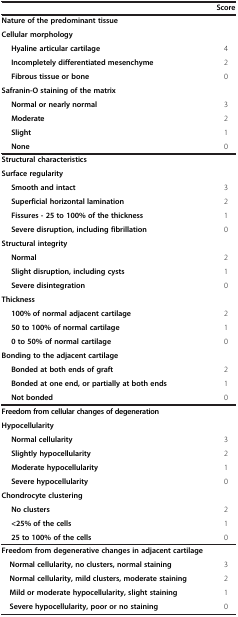
<table><thead><tr><td><b> </b></td><td><b>Score</b></td></tr></thead><tbody><tr><td><b>Nature of the predominant tissue</b></td><td> </td></tr><tr><td><b>Cellular morphology</b></td><td> </td></tr><tr><td><b>Hyaline articular cartilage</b></td><td>4</td></tr><tr><td><b>Incompletely differentiated mesenchyme</b></td><td>2</td></tr><tr><td><b>Fibrous tissue or bone</b></td><td>0</td></tr><tr><td><b>Safranin-O staining of the matrix</b></td><td> </td></tr><tr><td><b>Normal or nearly normal</b></td><td>3</td></tr><tr><td><b>Moderate</b></td><td>2</td></tr><tr><td><b>Slight</b></td><td>1</td></tr><tr><td><b>None</b></td><td>0</td></tr><tr><td><b>Structural characteristics</b></td><td> </td></tr><tr><td><b>Surface regularity</b></td><td> </td></tr><tr><td><b>Smooth and intact</b></td><td>3</td></tr><tr><td><b>Superficial horizontal lamination</b></td><td>2</td></tr><tr><td><b>Fissures - 25 to 100% of the thickness</b></td><td>1</td></tr><tr><td><b>Severe disruption, including fibrillation</b></td><td>0</td></tr><tr><td><b>Structural integrity</b></td><td> </td></tr><tr><td><b>Normal</b></td><td>2</td></tr><tr><td><b>Slight disruption, including cysts</b></td><td>1</td></tr><tr><td><b>Severe disintegration</b></td><td>0</td></tr><tr><td><b>Thickness</b></td><td> </td></tr><tr><td><b>100% of normal adjacent cartilage</b></td><td>2</td></tr><tr><td><b>50 to 100% of normal cartilage</b></td><td>1</td></tr><tr><td><b>0 to 50% of normal cartilage</b></td><td>0</td></tr><tr><td><b>Bonding to the adjacent cartilage</b></td><td> </td></tr><tr><td><b>Bonded at both ends of graft</b></td><td>2</td></tr><tr><td><b>Bonded at one end, or partially at both ends</b></td><td>1</td></tr><tr><td><b>Not bonded</b></td><td>0</td></tr><tr><td><b>Freedom from cellular changes of degeneration</b></td><td> </td></tr><tr><td><b>Hypocellularity</b></td><td> </td></tr><tr><td><b>Normal cellularity</b></td><td>3</td></tr><tr><td><b>Slightly hypocellularity</b></td><td>2</td></tr><tr><td><b>Moderate hypocellularity</b></td><td>1</td></tr><tr><td><b>Severe hypocellularity</b></td><td>0</td></tr><tr><td><b>Chondrocyte clustering</b></td><td> </td></tr><tr><td><b>No clusters</b></td><td>2</td></tr><tr><td><b>&lt;25% of the cells</b></td><td>1</td></tr><tr><td><b>25 to 100% of the cells</b></td><td>0</td></tr><tr><td><b>Freedom from degenerative changes in adjacent cartilage</b></td><td> </td></tr><tr><td> <b>Normal cellularity, no clusters, normal staining</b></td><td>3</td></tr><tr><td> <b>Normal cellularity, mild clusters, moderate staining</b></td><td>2</td></tr><tr><td> <b>Mild or moderate hypocellularity, slight staining</b></td><td>1</td></tr><tr><td> <b>Severe hypocellularity, poor or no staining</b></td><td>0</td></tr></tbody></table>